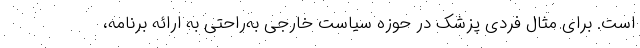
است. برای مثال فردی پزشک در حوزه سیاست خارجی به‌راحتی به ارائه برنامه،